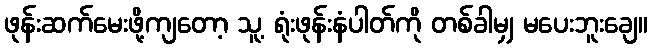
ဖုန်းဆက်မေးဖို့ကျတော့ သူ့ ရုံးဖုန်းနံပါတ်ကို တစ်ခါမျှ မပေးဘူးချေ။